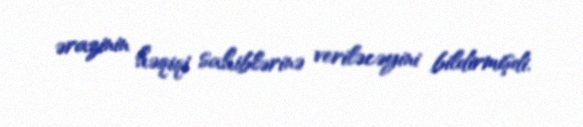
ərazinin həqiqi sahiblərinə veriləcəyini bildirmişdi.